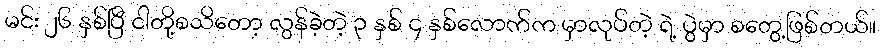
မင်း ၂၆ နှစ်ပြီ ငါတို့စသိတော့ လွန်ခဲ့တဲ့ ၃ နှစ် ၄ နှစ်လောက်က မှာလုပ်တဲ့ ရဲ့ ပွဲမှာ စတွေ့ဖြစ်တယ်။